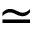
\simeq